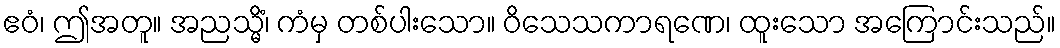
ဧဝံ၊ ဤအတူ။ အညသ္မိံ၊ ကံမှ တစ်ပါးသော။ ဝိသေသကာရဏေ၊ ထူးသော အကြောင်းသည်။